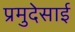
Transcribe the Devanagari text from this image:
प्रमुदेसाई